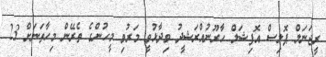
ރީޖަނަލް ޕޮލިސް އޮފިޝަލް ހާރޫނުއްރަޝީދު ވިދާޅުވީ މަރުވި މީހުންގެ ތެރޭން މިހާތަނަށް 23